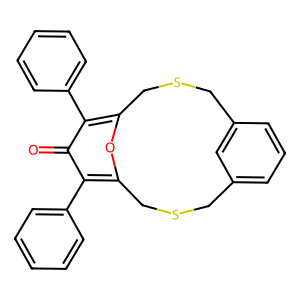
SMILES: O=c1c(-c2ccccc2)c2oc(c1-c1ccccc1)CSCc1cccc(c1)CSC2
Inhibits HIV replication: No